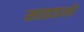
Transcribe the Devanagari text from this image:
साइडशो